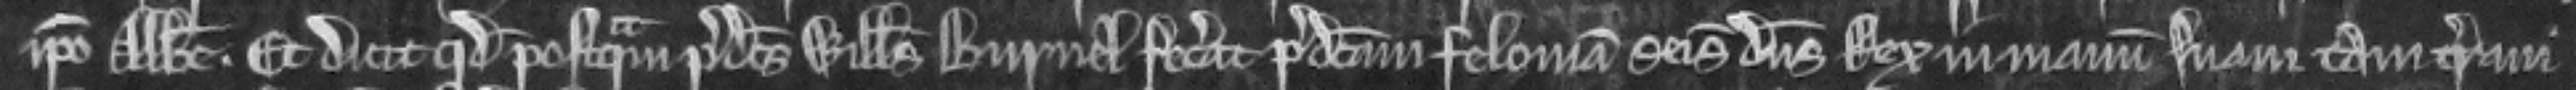
ipso Abbate. Et dicit quod postquam predictus Willelmus Burnel fecerat predictam feloniam seisivit dominus Rex in manum suam tam terram